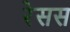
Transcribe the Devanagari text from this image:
रेसस